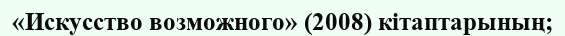
«Искусство возможного» (2008) кітаптарының;